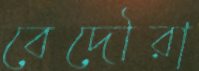
বেদৌরা